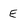
Character: E